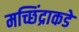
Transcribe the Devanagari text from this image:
मच्छिंद्राकडे